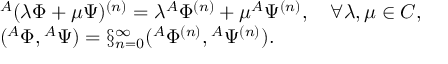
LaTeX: \begin{array} { l } { { { } ^ { A } ( \lambda \Phi + \mu \Psi ) ^ { ( n ) } = \lambda { } ^ { A } \Phi ^ { ( n ) } + \mu { } ^ { A } \Psi ^ { ( n ) } , \quad \forall \lambda , \mu \in C , } } \\ { { ( { } ^ { A } \Phi , { } ^ { A } \Psi ) = \S _ { n = 0 } ^ { \infty } ( { } ^ { A } \Phi ^ { ( n ) } , { } ^ { A } \Psi ^ { ( n ) } ) . } } \end{array}